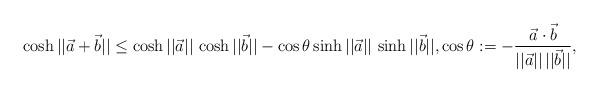
LaTeX: \begin{align*}\cosh || \vec{a} + \vec{b} || \le \cosh || \vec{a} || \, \cosh || \vec{b} || - \cos \theta\sinh || \vec{a} || \, \sinh || \vec{b} ||, \cos \theta := - { \vec{a} \cdot \vec{b} \over || \vec{a} || \, || \vec{b} || }, \end{align*}